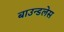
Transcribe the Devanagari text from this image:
बाउन्डलेस